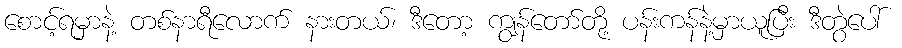
စောင့်ရမှာနဲ့ တစ်နာရီလောက် နားတယ်၊ ဒီတော့ ကျွန်တော်တို့ ပန်းကန်နဲ့မှာယူပြီး ဒီတွဲပေါ်